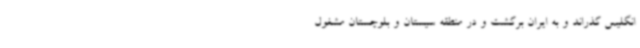
انگلیس گذراند و به ایران برگشت و در منطقه سیستان و بلوچستان مشغول